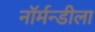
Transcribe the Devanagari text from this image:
नॉर्मन्डीला